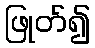
ဖြုတ်၍